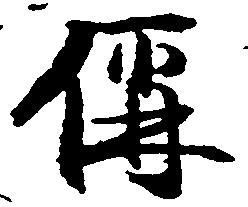
偁